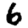
Digit: 6